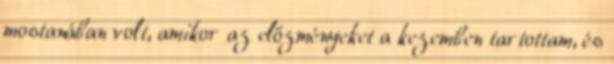
mostanában volt, amikor az előzményeket a kezemben tartottam, és